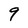
Character: 9